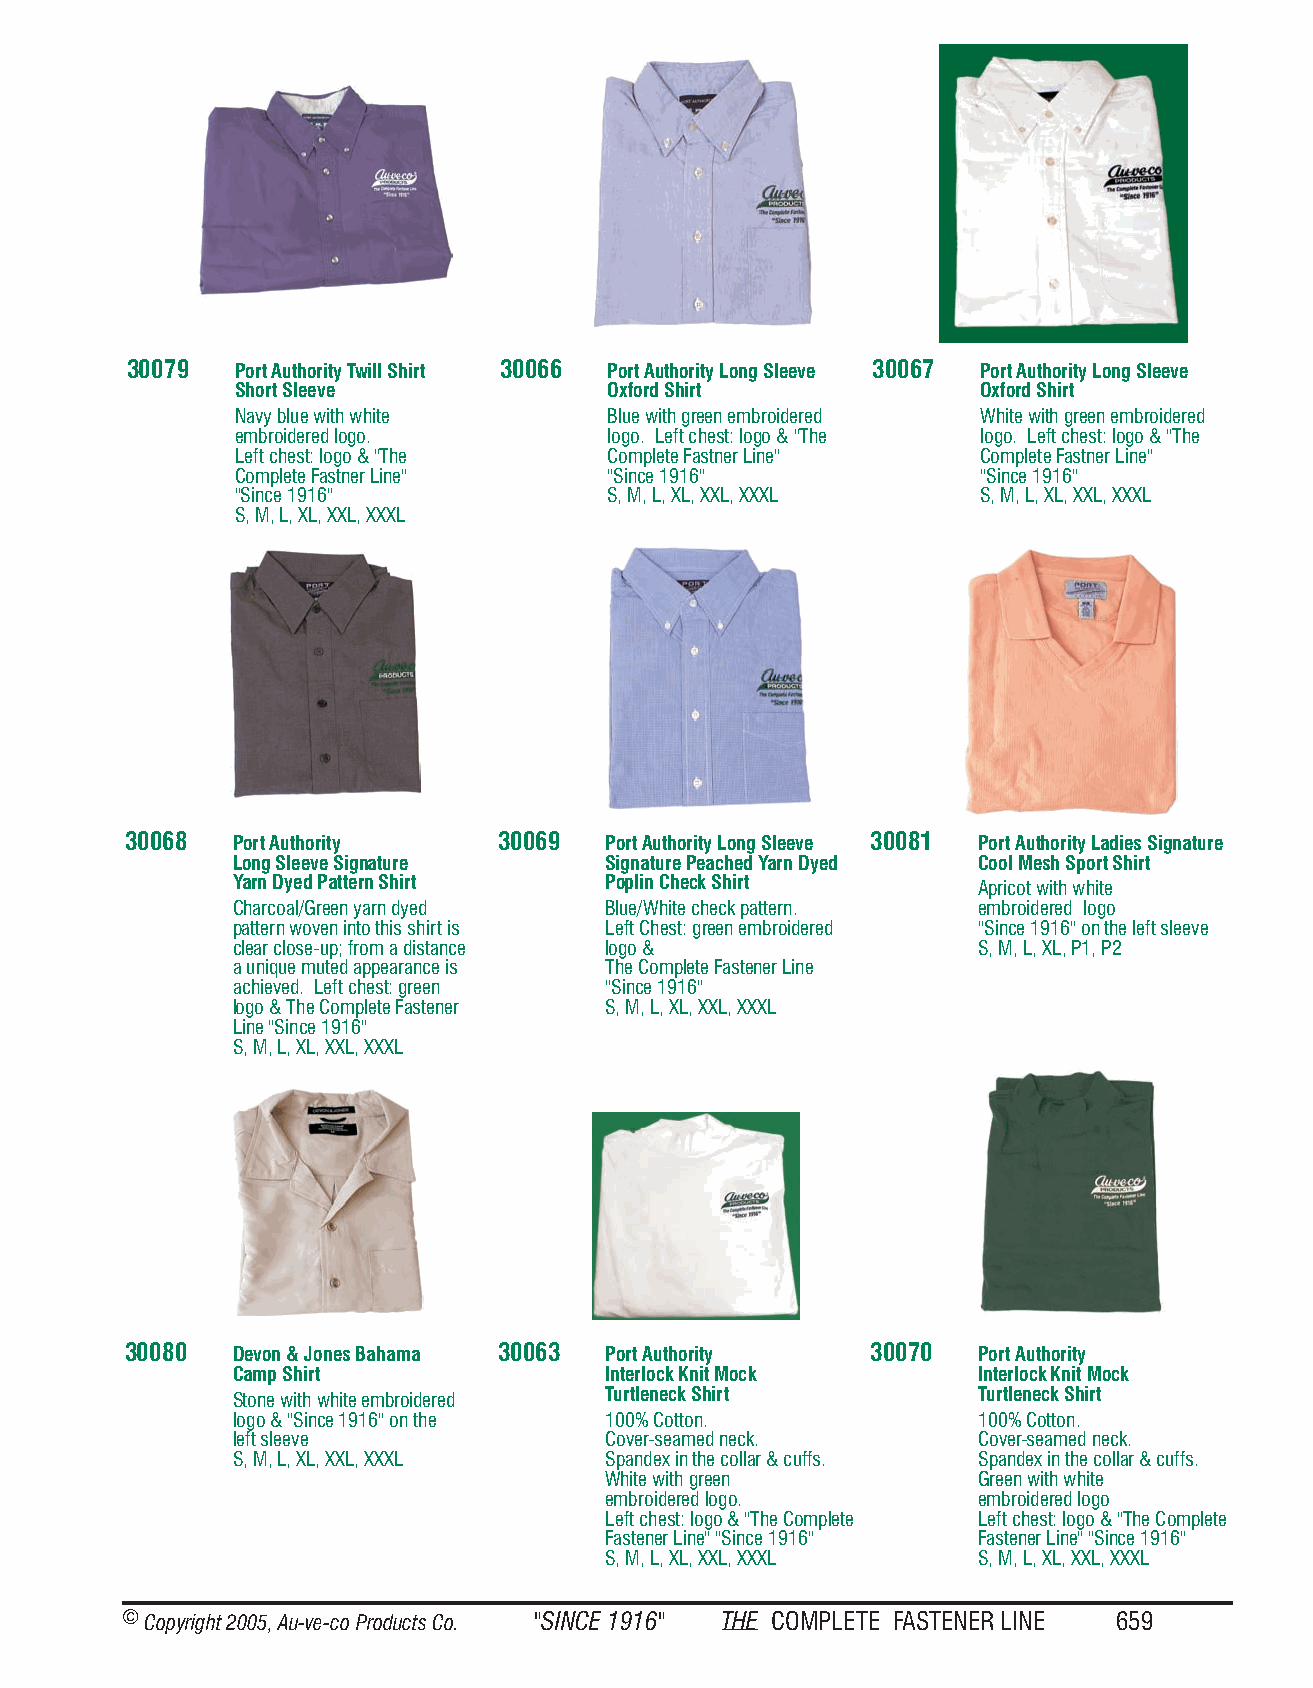
30079  Port Authority Twill Shirt 30066 Port Authority Long Sleeve 30067 Port Authority Long Sleeve
 Short Sleeve            Oxford Shirt             Oxford Shirt
 Navy blue with white    Blue with green embroidered White with green embroidered
 embroidered logo.       logo. Left chest: logo & "The logo. Left chest: logo & "The
 Left chest: logo & "The Complete Fastner Line"   Complete Fastner Line"
 Complete Fastner Line"  "Since 1916"             "Since 1916"
 "Since 1916"            S, M, L, XL, XXL, XXXL   S, M, L, XL, XXL, XXXL
 S, M, L, XL, XXL, XXXL
 30068  Port Authority   30069  Port Authority Long Sleeve 30081 Port Authority Ladies Signature
 Long Sleeve Signature   Signature Peached Yarn Dyed Cool Mesh Sport Shirt
 Yarn Dyed Pattern Shirt Poplin Check Shirt       Apricot with white
 Charcoal/Green yarn dyed Blue/White check pattern. embroidered logo
 pattern woven into this shirt is Left Chest: green embroidered "Since 1916" on the left sleeve
 clear close-up; from a distance logo &           S, M, L, XL, P1, P2
 a unique muted appearance is The Complete Fastener Line
 achieved. Left chest: green "Since 1916"
 logo & The Complete Fastener S, M, L, XL, XXL, XXXL
 Line "Since 1916"
 S, M, L, XL, XXL, XXXL
 30080  Devon & Jones Bahama 30063 Port Authority 30070  Port Authority
 Camp Shirt              Interlock Knit Mock      Interlock Knit Mock
 Stone with white embroidered Turtleneck Shirt    Turtleneck Shirt
 logo & "Since 1916" on the 100% Cotton.          100% Cotton.
 left sleeve             Cover-seamed neck.       Cover-seamed neck.
 S, M, L, XL, XXL, XXXL  Spandex in the collar & cuffs. Spandex in the collar & cuffs.
 White with green         Green with white
 embroidered logo.        embroidered logo
 Left chest: logo & "The Complete Left chest: logo & "The Complete
 Fastener Line" "Since 1916" Fastener Line" "Since 1916"
 S, M, L, XL, XXL, XXXL   S, M, L, XL, XXL, XXXL
 © Copyr ight 2005, Au-ve-co Produ cts Co. "SINCE 1916" THE COM PLETE FAST ENER LINE 659